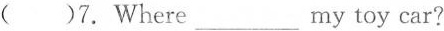
( )7.Where ___ my toy car?